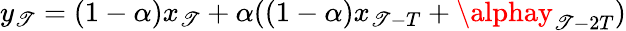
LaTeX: y_{\mathscr{T}}=(1-\alpha)x_{\mathscr{T}}+\alpha((1-\alpha)x_{\mathscr{T}-T}+\alphay_{\mathscr{T}-2T})